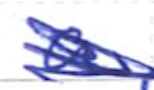
Text: a
Cross-out: scratch
Writing tool: ballpoint